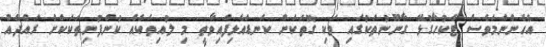
އެހެންނަމަވެސް ޓެކުހާގުޅޭ ގާނޫނުތަކުގައި ވަކި ގޮތަކަށް ކަނޑައެޅިފައިވާތީ މި ލުއިތަކެއް ކުންފުނިތަކަކަށް ރައްދެއް